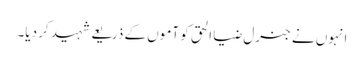
انہوں نے جنرل ضیا الحق کو آموں کے ذریعے شہید کر دیا۔